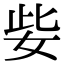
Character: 姕